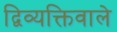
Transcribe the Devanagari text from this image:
द्विव्यक्तिवाले